[Report on the health of British troops in the Madras command]
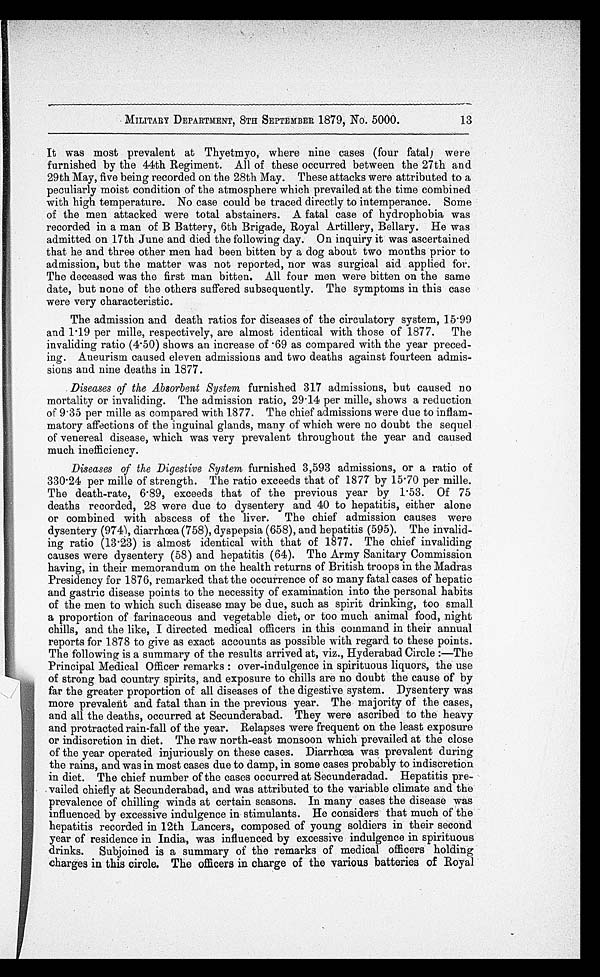
MILITARY DEPARTMENT, 8TH SEPTEMBER 1879, No. 5000.
It was most prevalent at Thyetmyo, where nine cases (four fatal) were
furnished by the 44th Regiment. All of these occurred between the 27th and
29th May, five being recorded on the 28th May. These attacks were attributed to a
peculiarly moist condition of the atmosphere which prevailed at the time combined
with high temperature. No case could be traced directly to intemperance. Some
of the men attacked were total abstainers. A fatal case of hydrophobia was
recorded in a man of B Battery, 6th Brigade, Royal Artillery, Bellary. He was
admitted on 17th June and died the following day. On inquiry it was ascertained
that he and three other men had been bitten by a dog about two months prior to
admission, but the matter was not reported, nor was surgical aid applied for.
The deceased was the first man bitten. All four men were bitten on the same
date, but none of the others suffered subsequently. The symptoms in this case
were very characteristic.
The admission and death ratios for diseases of the circulatory system, 15.99
and 1.19 per mille, respectively, are almost identical with those of 1877. The
invaliding ratio (4.50) shows an increase of .69 as compared with the year preced
-ing. Aneurism caused eleven admissions and two deaths against fourteen admis
-sions and nine deaths in 1877.
Diseases of the Absorbent System furnished 317 admissions, but caused no
mortality or invaliding. The admission ratio, 29.14 per mille, shows a reduction
of 9.35 per mille as compared with 1877. The chief admissions were due to inflam-
-matory affections of the inguinal glands, many of which were no doubt the sequel
of venereal disease, which was very prevalent throughout the year and caused
much inefficiency.
Diseases of the Digestive System furnished 3,593 admissions, or a ratio of
330.24 per mille of strength. The ratio exceeds that of 1877 by 15.70 per mille.
The death-rate, 6.89, exceeds that of the previous year by 1.53. Of 75
deaths recorded, 28 were due to dysentery and 40 to hepatitis, either alone
or combined with abscess of the liver. The chief admission causes were
dysentery (974), diarrhœa (758), dyspepsia (658), and hepatitis (595). The invalid
-ing ratio (13.23) is almost identical with that of 1877. The chief invaliding
causes were dysentery (58) and hepatitis (64). The Army Sanitary Commission
having, in their memorandum on the health returns of British troops in the Madras
Presidency for 1876, remarked that the occurrence of so many fatal cases of hepatic
and gastric disease points to the necessity of examination into the personal habits
of the men to which such disease may be due, such as spirit drinking, too small
a proportion of farinaceous and vegetable diet, or too much animal food, night
chills, and the like, I directed medical officers in this command in their annual
reports for 1878 to give as exact accounts as possible with regard to these points.
The following is a summary of the results arrived at, viz., Hyderabad Circle:—The
Principal Medical Officer remarks: over-indulgence in spirituous liquors, the use
of strong bad country spirits, and exposure to chills are no doubt the cause of by
far the greater proportion of all diseases of the digestive system. Dysentery was
more prevalent and fatal than in the previous year. The majority of the cases,
and all the deaths, occurred at Secunderabad. They were ascribed to the heavy
and protracted rain-fall of the year. Relapses were frequent on the least exposure
or indiscretion in diet. The raw north-east monsoon which prevailed at the close
of the year operated injuriously on these cases. Diarrhœa was prevalent during
the rains, and was in most cases due to damp, in some cases probably to indiscretion
in diet. The chief number of the cases occurred at Secunderadad. Hepatitis pre
-vailed chiefly at Secunderabad, and was attributed to the variable climate and the
prevalence of chilling winds at certain seasons. In many cases the disease was
influenced by excessive indulgence in stimulants. He considers that much of the
hepatitis recorded in 12th Lancers, composed of young soldiers in their second
year of residence in India, was influenced by excessive indulgence in spirituous
drinks. Subjoined is a summary of the remarks of medical officers holding
charges in this circle. The officers in charge of the various batteries of Royal
13